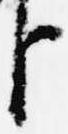
臣